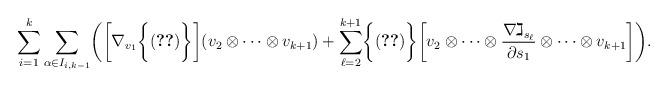
LaTeX: \begin{align*}\sum_{i=1}^k \sum_{\alpha\in I_{i,k-1}} \biggl(\biggl[\nabla_{v_1}\biggl\{\eqref{aneurysm}\biggr\}\biggr](v_2 \otimes \cdots \otimes v_{k+1}) + \sum_{\ell=2}^{k+1} \biggl\{\eqref{aneurysm}\biggr\}\biggl[v_2 \otimes \cdots\otimes \frac{\nabla \gimel_{s_\ell}}{\partial s_1} \otimes \cdots \otimes v_{k+1} \biggr]\biggr).\end{align*}